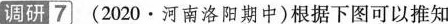
调研7 (2020·河南洛阳期中)根据下图可以推知